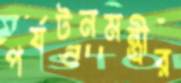
পর্যটনমন্ত্রীর